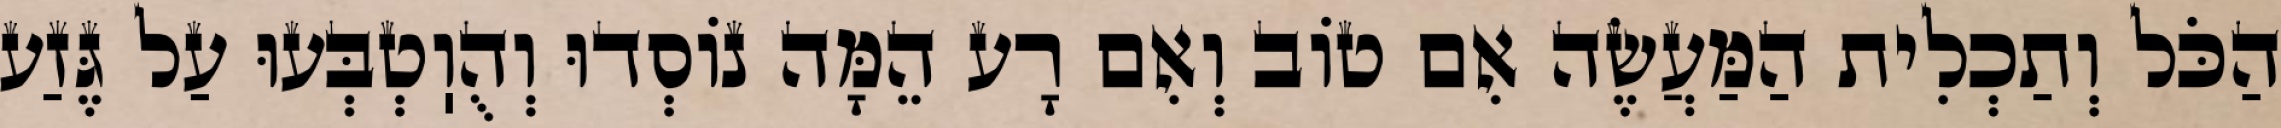
הַכֹּל וְתַכְלִית הַמַּעֲשֶׂה אִם טוֹב וְאִם רָע הֵמָּה נוֹסְדוּ וְהֻוֽטְבְּעוּ עַל גֶּזַע